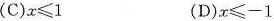
(C)$$x\leqslant 1$$ (D)$$x\leqslant -1$$